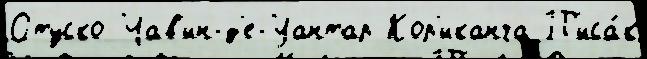
Отуско Чав'ин-д'е-Уантар Кор'иканча П'иса́к